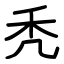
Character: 秃